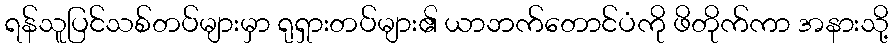
ရန်သူပြင်သစ်တပ်များမှာ ရုရှားတပ်များ၏ ယာဘက်တောင်ပံကို ဖိတိုက်ကာ အနားသို့